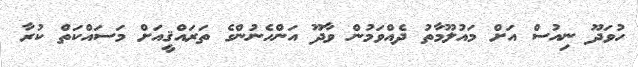
ހުވަދޫ ނިއުސް އަށް މައުލޫމާތު ދެއްވަމުން ވާދޫ އަންހެނުންގެ ތަރައްޤީއަށް މަސައްކަތް ކުރާ